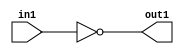
`timescale 1ps / 1ps
/*****************************************************************************
    Verilog RTL Description
    
    
    Created by: CellMath Designer 2019.1.01 
*******************************************************************************/

module DFT_compute_Not_1U_1U_4 (
	in1,
	out1
	); /* architecture "behavioural" */ 
input  in1;
output  out1;
wire  asc001;

assign asc001 = 
	((~in1));

assign out1 = asc001;
endmodule

/* CADENCE  urXxQg8= : u9/ySgnWtBlWxVPRXgAZ4Og= ** DO NOT EDIT THIS LINE ******/